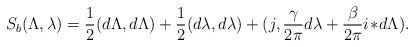
\begin{align*}S_b(\Lambda,\lambda)={1\over 2}(d\Lambda,d\Lambda) +{1\over 2}(d\lambda,d\lambda) +(j,{\gamma\over 2\pi}d\lambda+ {\beta\over 2\pi}i\!\ast\! d\Lambda).\end{align*}